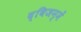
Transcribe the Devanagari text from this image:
द्विजन्में